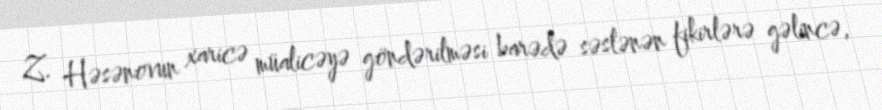
Z. Həsənovun xaricə müalicəyə göndərilməsi barədə səslənən fikirlərə gəlincə,